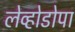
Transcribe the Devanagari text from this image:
लेव्होडोपा